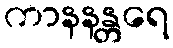
ကာနနန္တရေ